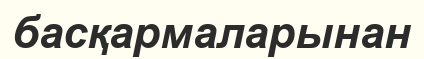
басқармаларынан